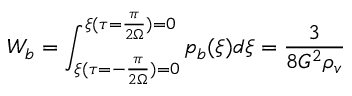
W _ { b } = \int _ { \xi ( \tau = - \frac { \pi } { 2 \Omega } ) = 0 } ^ { \xi ( \tau = \frac { \pi } { 2 \Omega } ) = 0 } p _ { b } ( \xi ) d \xi = \frac { 3 } { 8 G ^ { 2 } \rho _ { v } }